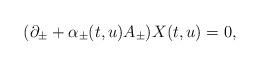
LaTeX: \begin{align*}(\partial_\pm + \alpha_\pm (t, u) A_\pm) X(t,u) = 0,\end{align*}